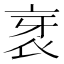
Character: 衺